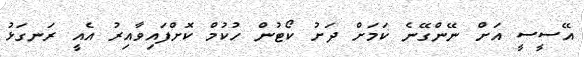
އޭސީސީ އަށް ނޭންގޭނެ ކަމަށް ދަށު ކޯޓުން ހުކުމް ކޮށްފައިވާއިރު އެއީ ރަނގަޅު